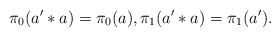
\begin{align*} \pi_0(a' \ast a) = \pi_0(a), \pi_1(a' \ast a)= \pi_1(a').\end{align*}